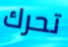
تحرك